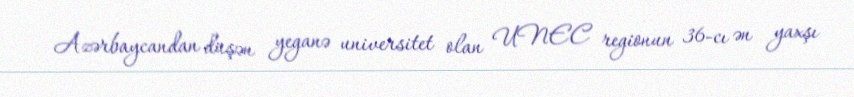
Azərbaycandan düşən yeganə universitet olan UNEC regionun 36-cı ən yaxşı